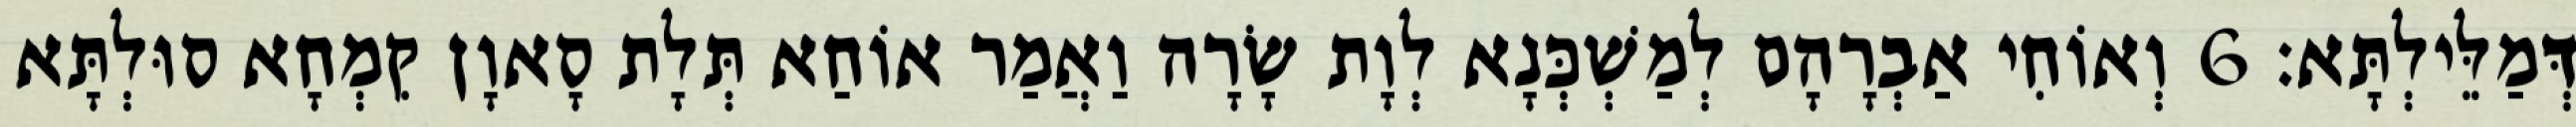
דְּמַלֵּילְתָּא׃ 6 וְאוֹחִי אַבְרָהָם לְמַשְׁכְּנָא לְוָת שָׂרָה וַאֲמַר אוֹחַא תְּלָת סָאוָן קִמְחָא סוּלְתָּא